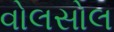
વોલસોલ